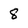
Character: 8